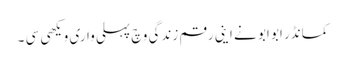
کمانڈر ابو ابو نے اینی رقم زندگی وچ پہلی واری ویکھی سی ۔